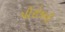
પીરોજની